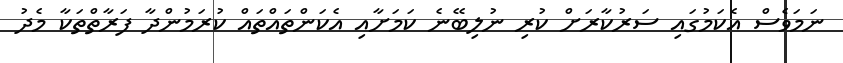
ނަމަވެސް އެކަމުގައި ސަރުކާރަށް ކުރި ނުލިބޭނެ ކަމަށާއި އެކަންތައްތައް ކުރަމުންދާ ފަރާތްތަކާ މެދު